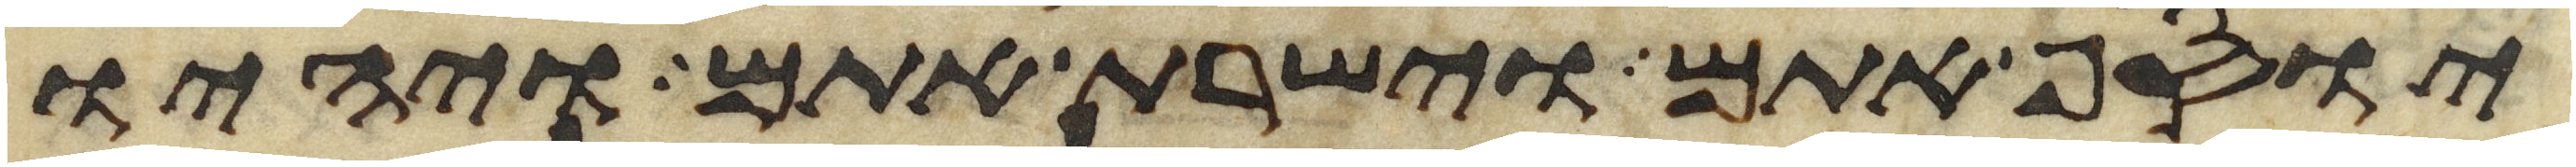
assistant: יוסף אתם וישרת אתם ויהיו